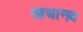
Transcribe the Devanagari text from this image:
आधानव